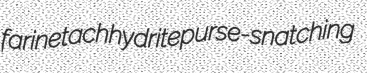
farine tachhydrite purse-snatching